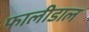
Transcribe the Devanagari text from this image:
फालीडाल